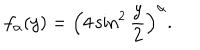
f _ { \alpha } ( y ) = \left( 4 \sin ^ { 2 } \frac { y } { 2 } \right) ^ { \alpha } .